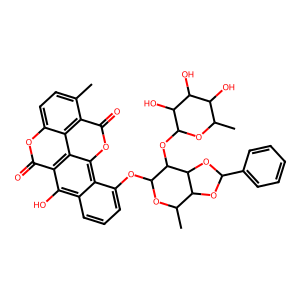
SMILES: Cc1ccc2oc(=O)c3c(O)c4cccc(OC5OC(C)C6OC(c7ccccc7)OC6C5OC5OC(C)C(O)C(O)C5O)c4c4oc(=O)c1c2c34
Inhibits HIV replication: No